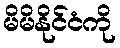
မိမိနိုင်ငံကို